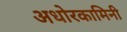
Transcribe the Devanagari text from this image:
अधोरकामिनी